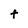
Character: t